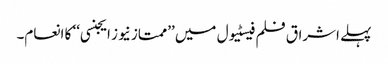
پہلے اشراق فلم فیسٹیول میں ’’ممتاز نیوز ایجنسی‘‘ کا انعام۔